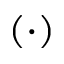
( \cdot )